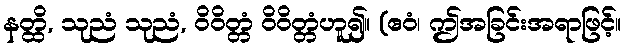
နတ္ထိ, သုညံ သုညံ, ဝိဝိတ္တံ ဝိဝိတ္တံဟူ၍။ (ဧဝံ၊ ဤအခြင်းအရာဖြင့်။